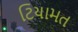
ટિયામત